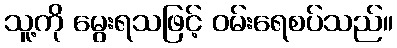
သူ့ကို မွေးရသဖြင့် ဝမ်းရေစပ်သည်။